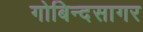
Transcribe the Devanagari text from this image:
गोबिन्‍दसागर